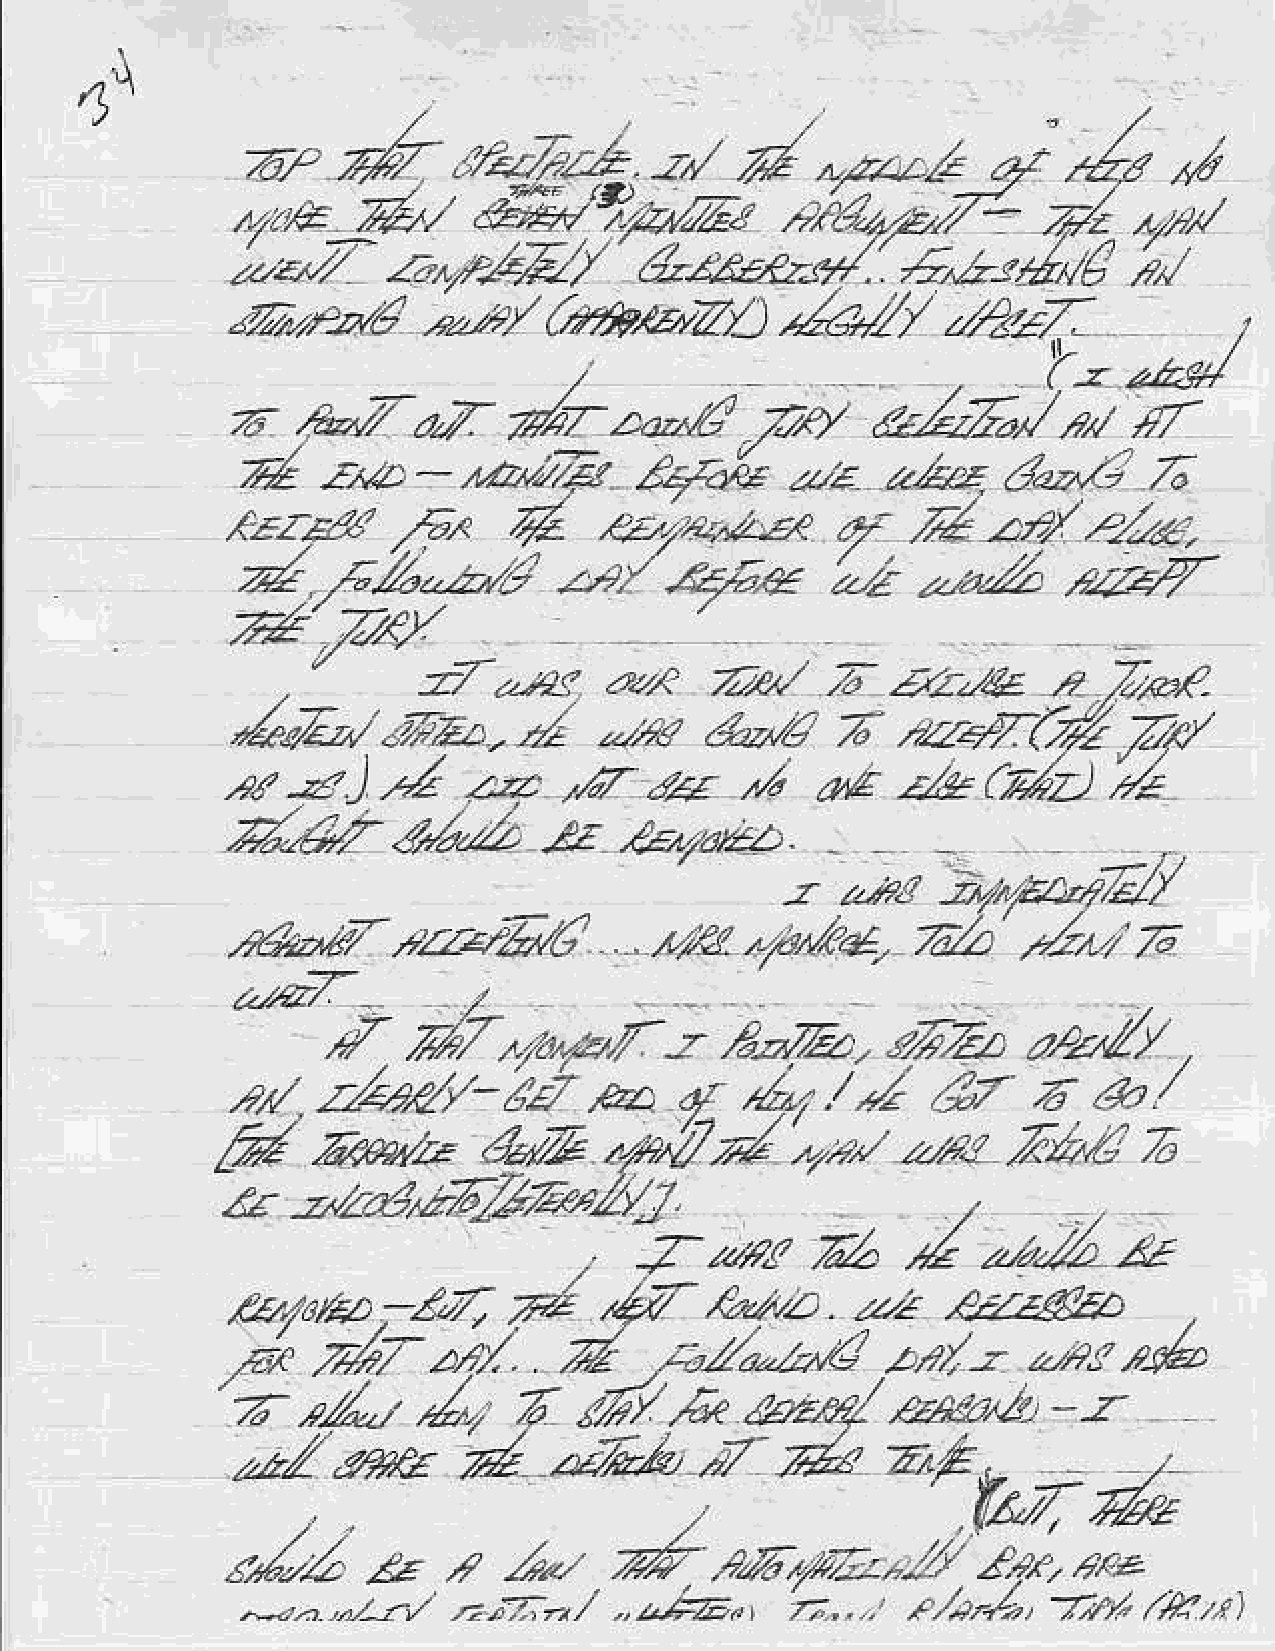
4q
 z,#                                                    Z      *
 g:,tzz*      rn    .Z               -
 ,.e     d,      &/?2,a                ^-d-.lr,.            ,,,/
 ,caa-2,7!        21
 t
 Lo.-                                         a*s4'6
 2,,--8,
 d,zz*zr:y'.                      i^
 zel/       d2,r7
 z2;,/.-,6    ,4,F/   ,rth?zyz)-,                                   r
 -
 ?
 z    .*,7          /zrza*l         /z/                      ""s-/
 a"
 a"V                           aZ-72^/          +7-
 4
 z".a-,.a.2;V         &kit      z-r    akE     afuz"/:  7.
 4-.841     /6/     rt    uyet*-z<       q.   7/    z:t/   .1-g,
 d
 dL.-z,l       z't1n4ae          2l              zlzV
 -.a,,2
 Vz'7-///
 "
 ;2-u
 .27,-a<     zzn    7.tn/   -7             ,z
 7,,2*a
 *
 a..€    7   ,zz-q-(f
 ,4172,-                  -,*,                              7"n
 "*r ,za.          i4    ,n   al    zL   (dD      /z
 ,r/ -{  )       z;.2   .17
 ,e.{.tz.,l*'d                                 zb            fr
 ., r/,tt                    /z/1./
 "///14
 '
 .{
 ,at7aa"aV;,          lao,&..             a'z.Zt
 r,772,
 .
 /r,'  z/.44/-      tn   p).4,     /-"./.,1     Az    6   ar./
 H      zm*                                                    z
 z40z1       ,,,at   ztz    7,.a'6
 @,.2
 tz::Zaic-6          /aZzz&J.                     /
 *
 Z.p,l
 7           z"
 -,,r
 d            tor*.           ,u&/)
 4.V              21
 fz,r'arz   -1,7:
 d
 ,zi  z/z7zr/..             ;aZ^zt1         pat  -r  -,es,c&
 'z
 Zt    v                        ewz
 .s2.,             r/y'       atad                   z-
 .6<                       -
 d                    *
 ane            zz7ea,7               2,t'n"
 zzz
 .                     ./
 .u2744
 sZZ      *     z   1*.    d-    .45,,v,,--i/
 ?,?t,.1E
 -r/,..2,,
 *-            zE,/        .;8".     ;..     2/../-
 ^
 "./